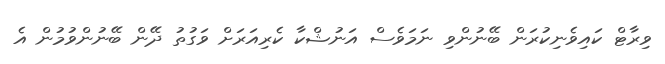
ވިރާޓް ކައިވެނިކުރަން ބޭނުންވި ނަމަވެސް އަނުޝްކާ ކެރިއަރަށް ވަގުތު ދޭން ބޭނުންވުމުން އެ